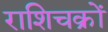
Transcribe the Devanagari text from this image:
राशिचक्रों